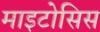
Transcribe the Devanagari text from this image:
माइटोसिस